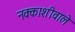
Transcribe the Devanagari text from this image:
नक्काशीवाले